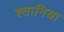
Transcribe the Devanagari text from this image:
श्तानिया